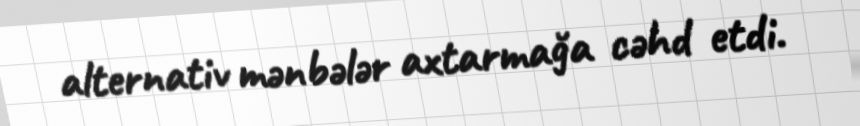
alternativ mənbələr axtarmağa cəhd etdi.